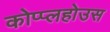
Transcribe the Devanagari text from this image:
कोप्प्लहोउस